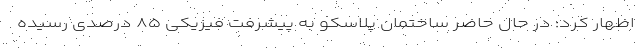
اظهار کرد: در حال حاضر ساختمان پلاسکو به پیشرفت فیزیکی ۸۵ درصدی رسیده